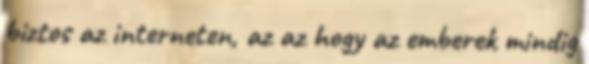
biztos az interneten, az az hogy az emberek mindig